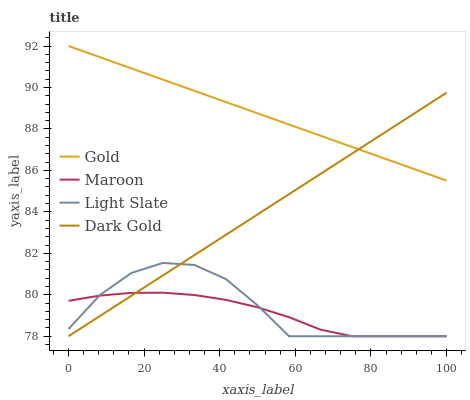
| xaxis_label | Gold | Maroon | Light Slate | Dark Gold |
 | --- | --- | --- | --- | --- |
 | 0 | 92 | 79.7 | 78.3 | 78 |
 | 8.33 | 91.5 | 80 | 80 | 79 |
 | 16.7 | 90.9 | 80.1 | 81.1 | 80 |
 | 25 | 90.4 | 80.1 | 81.5 | 80.9 |
 | 33.3 | 89.8 | 80 | 81.4 | 81.9 |
 | 41.7 | 89.3 | 79.8 | 80.8 | 82.9 |
 | 50 | 88.8 | 79.4 | 79.5 | 83.9 |
 | 58.3 | 88.2 | 78.9 | 78 | 84.9 |
 | 66.7 | 87.7 | 78.3 | 78 | 85.8 |
 | 75 | 87.1 | 78 | 78 | 86.8 |
 | 83.3 | 86.6 | 78 | 78 | 87.8 |
 | 91.7 | 86 | 78 | 78 | 88.8 |
 | 100 | 85.5 | 78 | 78 | 89.7 |